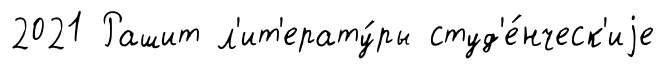
2021 Рашит л'ит'ерату́ры студ'е́нческ'иjе